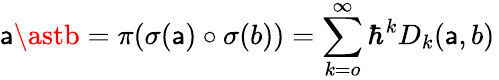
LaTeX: \mathsf{a}\astb=\pi(\sigma(\mathsf{a})\circ\sigma(b))=\sum_{k=o}^{\infty}\hbar^{k}D_{k}(\mathsf{a},b)\,